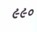
૯૯૦